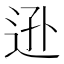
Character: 𨒓